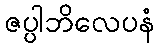
ဇပ္ပါဘိလေပနံ